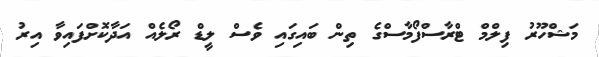
މަޝްހޫރު ފިލްމް ޓްރާސްފޯމާސްގެ ތިން ބައިގައި ވެސް ލީޑް ރޯލެއް އަދާކޮށްފައިވާ އިރު